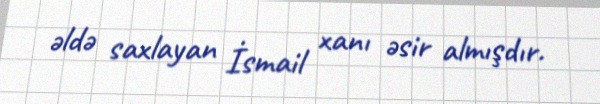
əldə saxlayan İsmail xanı əsir almışdır.